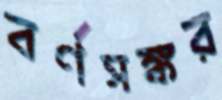
বর্ণসঙ্কর